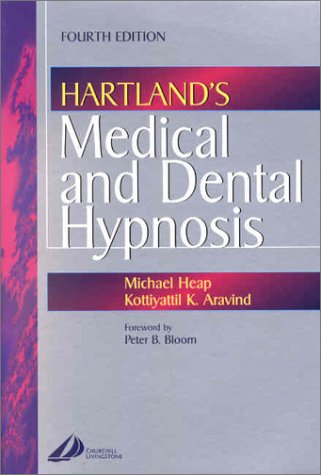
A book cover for Hartland's Medical and Dental Hypnosis, 4e; Michael Heap BSc  MSc  PhD; Health, Fitness & Dieting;